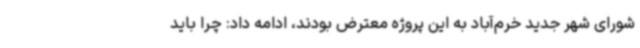
شورای شهر جدید خرم‌آباد به این پروژه معترض بودند، ادامه داد: چرا باید